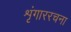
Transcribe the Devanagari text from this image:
शृंगाररचना